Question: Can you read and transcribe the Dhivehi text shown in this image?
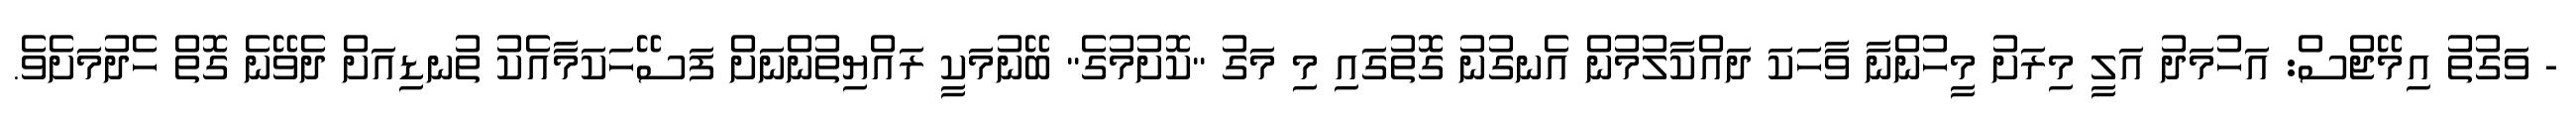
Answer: - ވަގުތު އިމޭޖްސް: އަހުމަދު އަލީ މިރަށު މީހުންނާ ވާހަކަ ދައްކާލުމުން އެނގުނު ގޮތުގައި މި މަގު "ކޮށުމުގެ" ބޭނުމަކީ ރައްޔިތުންނަށް ފަސޭހަކަމާއެކު ތުނޑިއަށް ދެވޭނެ ގޮތް ހެދުމަށެވެ.